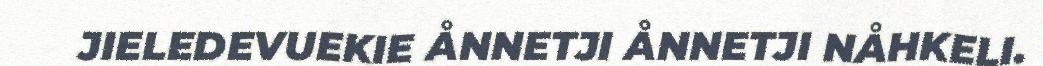
JIELEDEVUEKIE ÅNNETJI ÅNNETJI NÅHKELI.